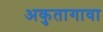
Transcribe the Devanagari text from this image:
अकुतागावा